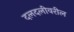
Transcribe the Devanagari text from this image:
दलदलीवरील